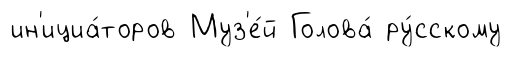
ин'ициа́торов Муз'е́й Голова́ ру́сскому